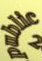
public